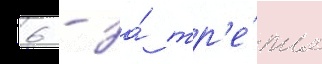
6 - за́ тр'е́тье